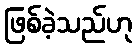
ဖြစ်ခဲ့သည်ဟု